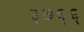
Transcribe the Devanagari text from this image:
३७६६